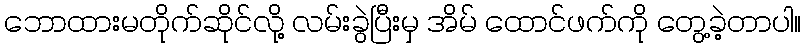
ဘောထားမတိုက်ဆိုင်လို့ လမ်းခွဲပြီးမှ အိမ် ထောင်ဖက်ကို တွေ့ခဲ့တာပါ။